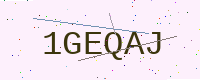
Text: 1GEQAJ